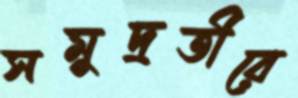
সমুদ্রতীরে